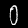
Digit: 0